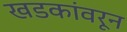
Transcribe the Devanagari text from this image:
खडकांवरून